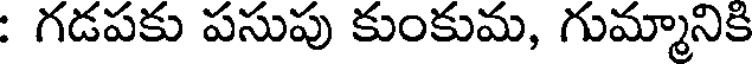
: గడపకు పసుపు కుంకుమ, గుమ్మానికి